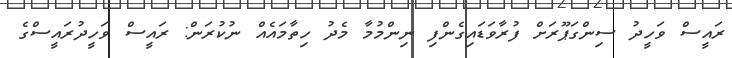
ރައީސް ވަހީދު ސިންގަޕޫރަށް ފުރާވަޑައިގެންފި ނިންމުމާ މެދު ހިތާމައެއް ނުކުރަން: ރައީސް ވަހީދުރައީސްގެ